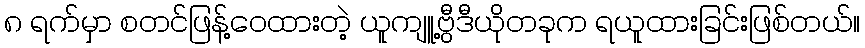
၈ ရက်မှာ စတင်ဖြန့်ဝေထားတဲ့ ယူကျူ့ဗွီဒီယိုတခုက ရယူထားခြင်းဖြစ်တယ်။